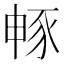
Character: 𮙜